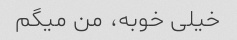
خیلی خوبه، من میگم